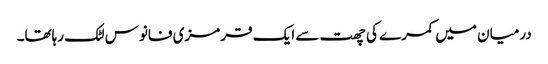
درمیان میں کمرے کی چھت سے ایک قرمزی فانوس لٹک رہاتھا۔